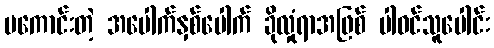
မကောင်းတဲ့ အပေါက်နှစ်ပေါက် ခိုလှုံရာအဖြစ် ပါဝင်သူပေါင်း